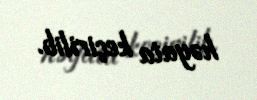
həyata keçirilib.